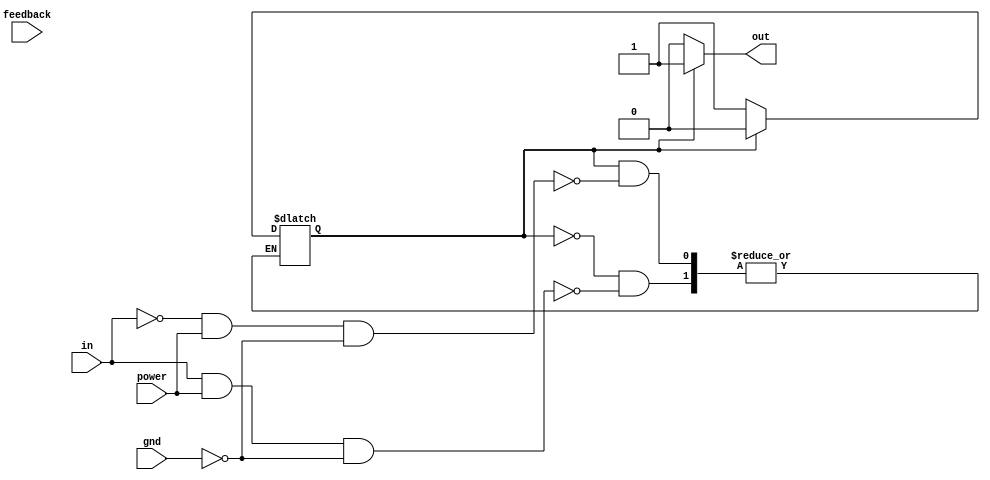
module schmitt_trigger_buffer (
    input wire in,
    output reg out,
    input wire feedback,
    input wire power,
    input wire gnd
    // additional features could be added here such as output slew rate control, ESD protection, and drive strength
);

reg current_state;

always @(in or current_state)
begin
    case (current_state)
        0: begin
            if (in && power && !gnd)
                current_state <= 1;
        end
        1: begin
            if (!in && power && !gnd)
                current_state <= 0;
        end
    endcase
end

assign out = (current_state == 1) ? 1 : 0;

endmodule